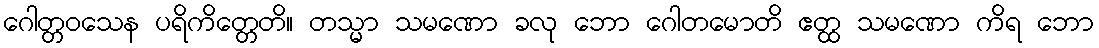
ဂေါတ္တဝသေန ပရိကိတ္တေတိ။ တသ္မာ သမဏော ခလု ဘော ဂေါတမောတိ ဧတ္ထ သမဏော ကိရ ဘော